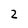
Character: 2